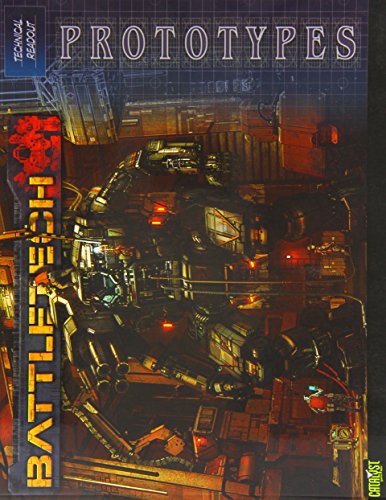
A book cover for Battletech Technical Readout Prototypes; Science Fiction & Fantasy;